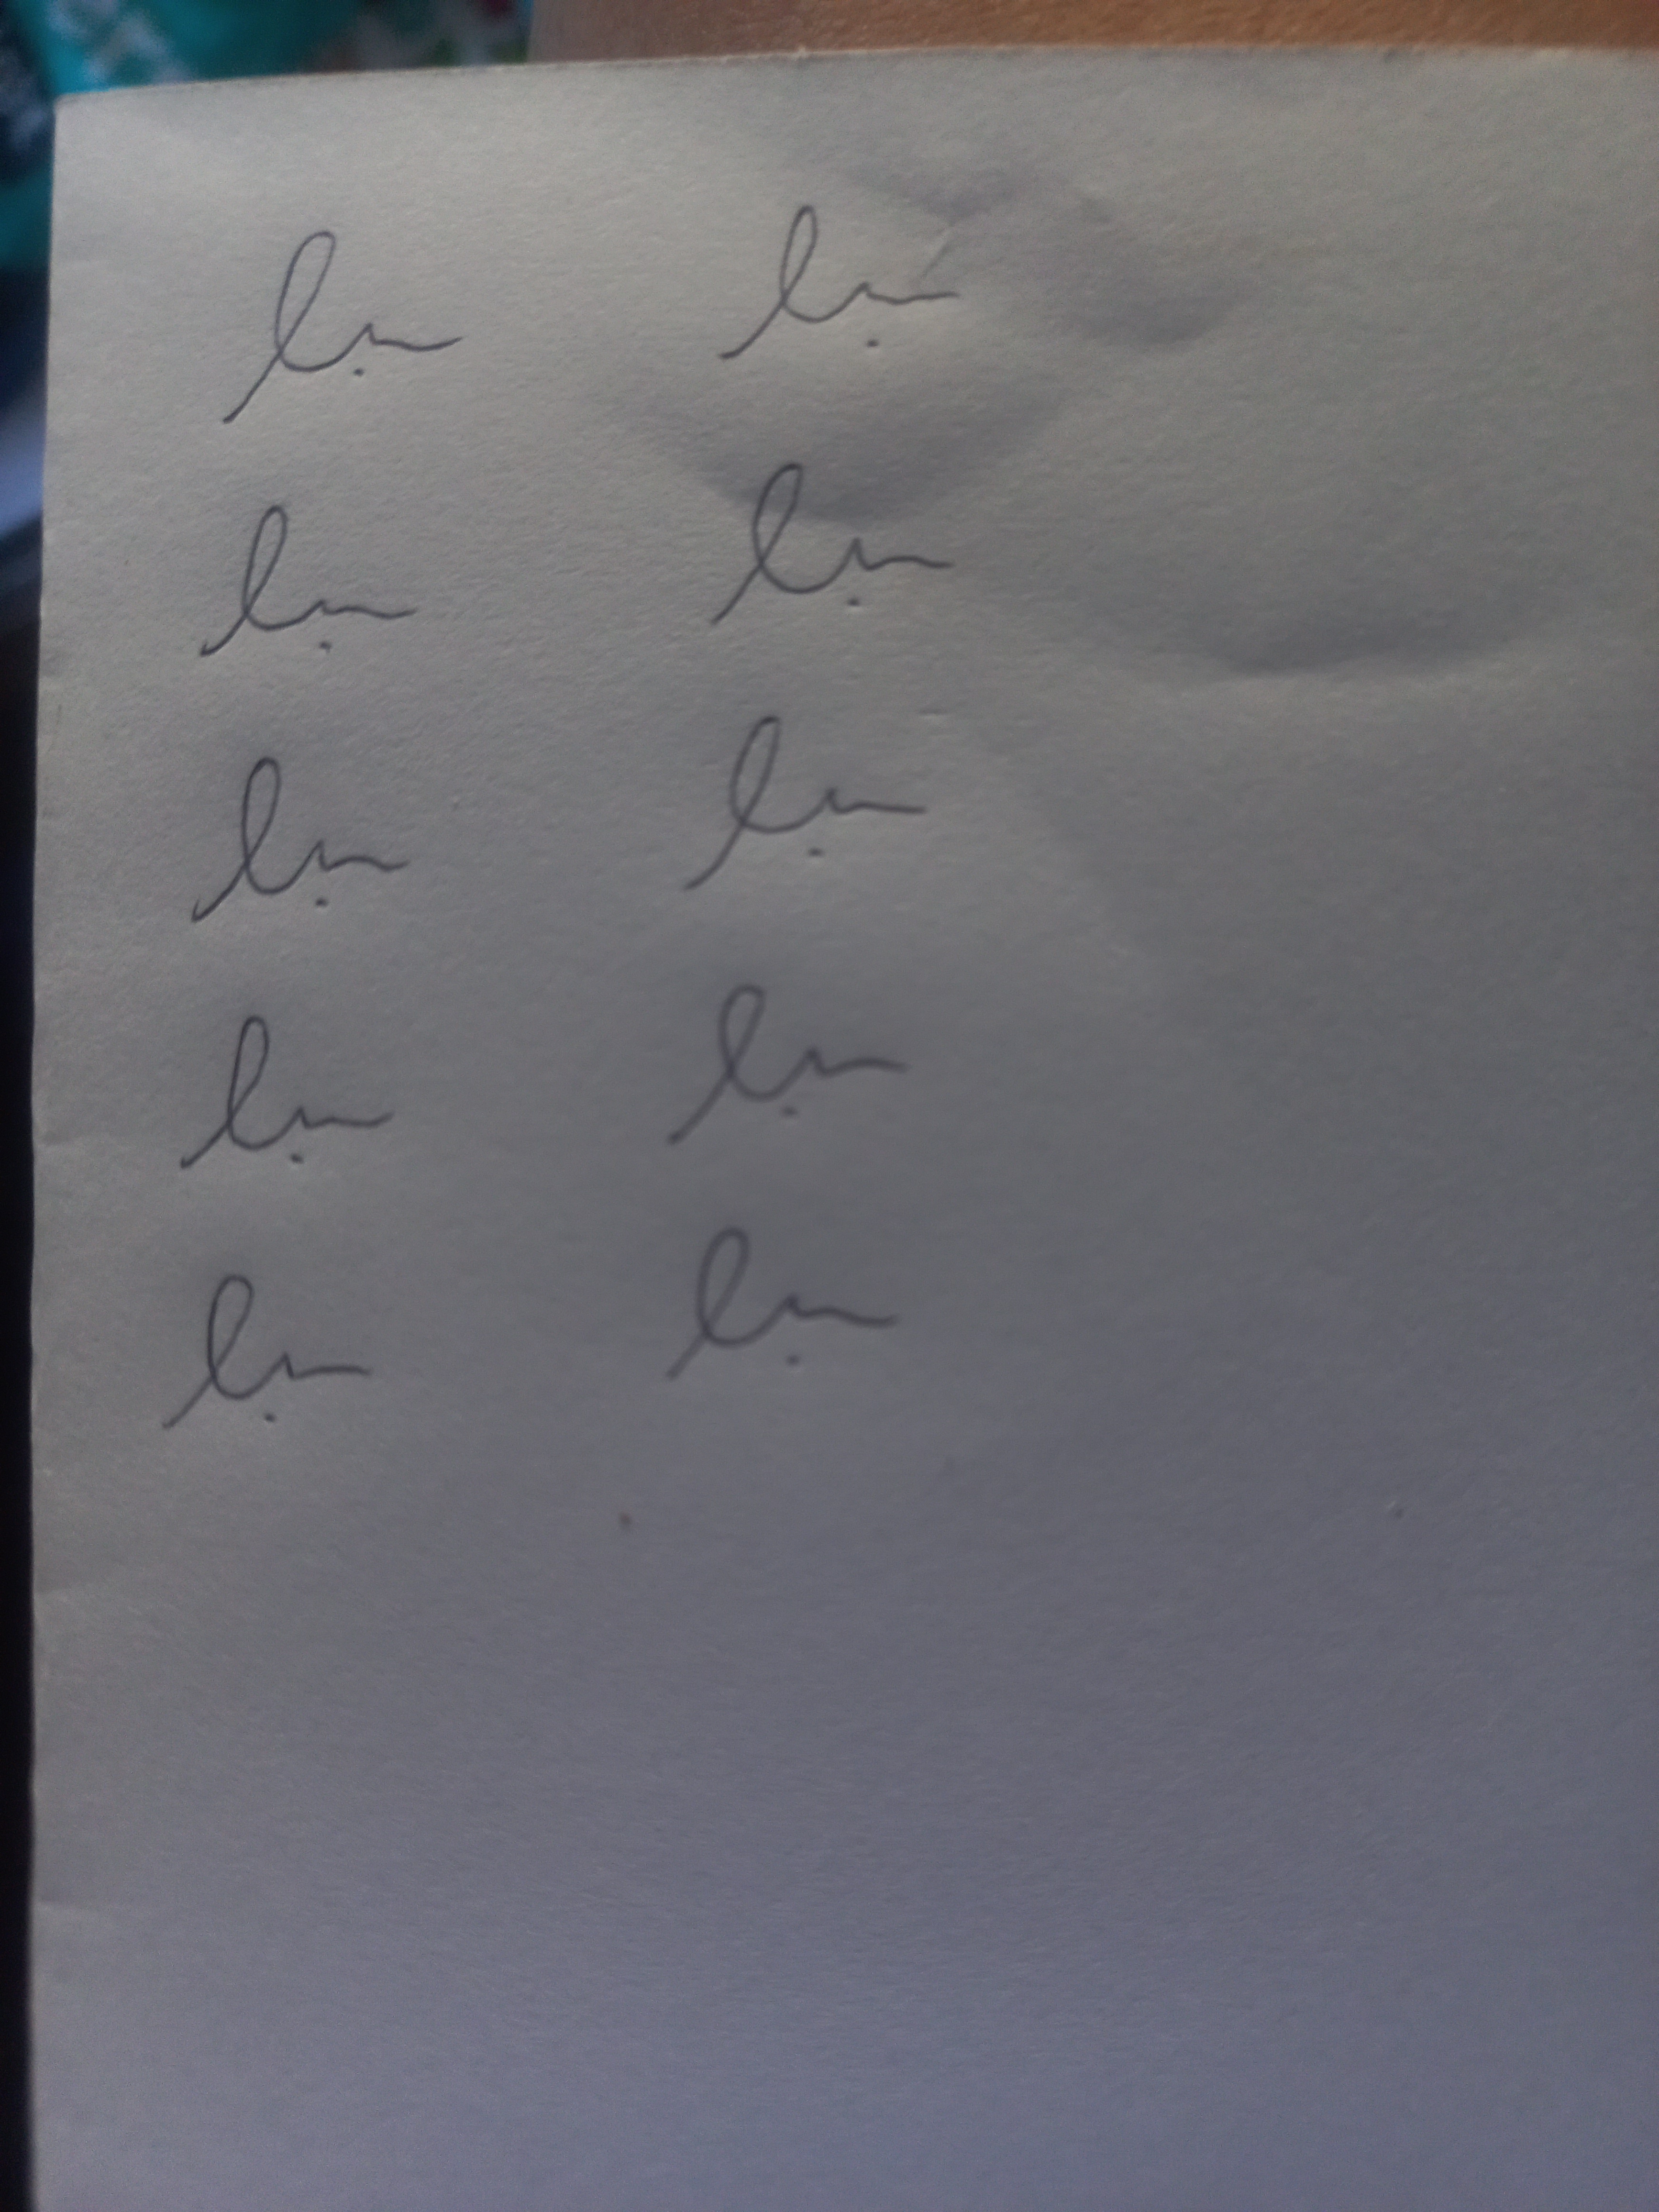
Signature authenticity: forged